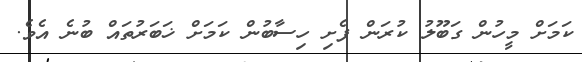
ކަމަށް މީހުން ގަބޫލު ކުރަން ފެށި ހިސާބުން ކަމަށް ޚަބަރުތައް ބުނެ އެވެ.